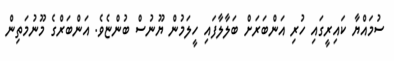
ސުމައްޔާ ކައިރީގައި ހުރި އަންބަރަށް ބަލާލާފައި ހީލަމުން ޔޫނުސް ބުންޏެވެ. އަންބަރްގެ މޫނުމަތިން